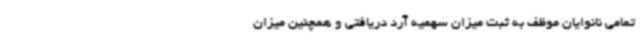
تمامی نانوایان موظف به ثبت میزان سهمیه آرد دریافتی و همچنین میزان